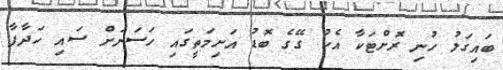
ބައިގަލު ހުނި ރޮށްޓަކާ އެކު ގޭގެ ބޮޑު އަށިމަތީގައި ހަސަނަށް ސައި ހަދާފާ